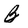
Character: B